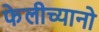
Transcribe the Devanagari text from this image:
फेलीच्यानो